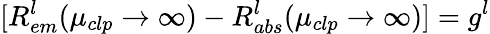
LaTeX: [R_{em}^{l}(\mu_{clp}\to\infty)-R_{abs}^{l}(\mu_{clp}\to\infty)]=g^{l}